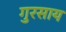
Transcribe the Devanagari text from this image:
गुरसाय